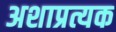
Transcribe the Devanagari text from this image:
अशाप्रत्यक